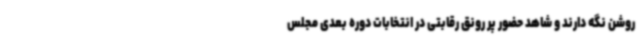
روشن نگه دارند و شاهد حضور پر رونق رقابتی در انتخابات دوره بعدی مجلس